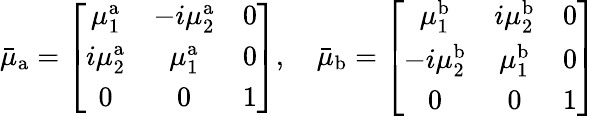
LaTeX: \bar{\mu}_{\mathrm{a}}=\left[\begin{array}{ccc}{\mu_{1}^{\mathrm{a}}}&{-i\mu_{2}^{\mathrm{a}}}&{0}\\ {i\mu_{2}^{\mathrm{a}}}&{\mu_{1}^{\mathrm{a}}}&{0}\\ {0}&{0}&{1}\end{array}\right],\quad\bar{\mu}_{\mathrm{b}}=\left[\begin{array}{ccc}{\mu_{1}^{\mathrm{b}}}&{i\mu_{2}^{\mathrm{b}}}&{0}\\ {-i\mu_{2}^{\mathrm{b}}}&{\mu_{1}^{\mathrm{b}}}&{0}\\ {0}&{0}&{1}\end{array}\right]